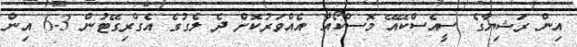
އިން ރަޝިޔާގެ ސީއެސްކޭއޭ މޮސްކޯއާ އެއްވަރުކޮށް ދެ ލެގުގެ އެގްރިގޭޓުން 3-6 އިން